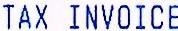
TAX INVOICE